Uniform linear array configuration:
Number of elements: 4
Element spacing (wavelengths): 0.75
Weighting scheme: exponential
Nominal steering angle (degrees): -30
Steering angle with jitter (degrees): -30.429
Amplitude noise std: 0.05
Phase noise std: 0.05

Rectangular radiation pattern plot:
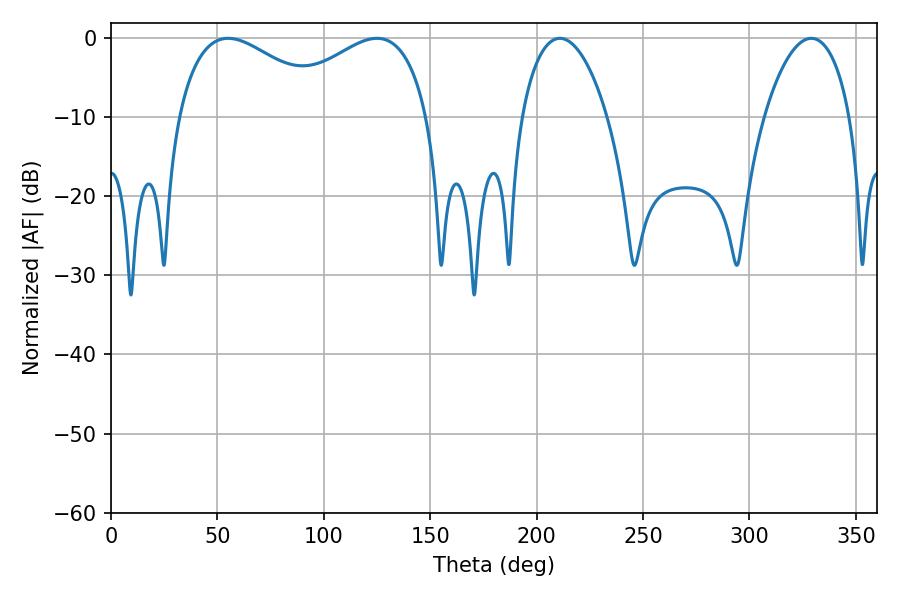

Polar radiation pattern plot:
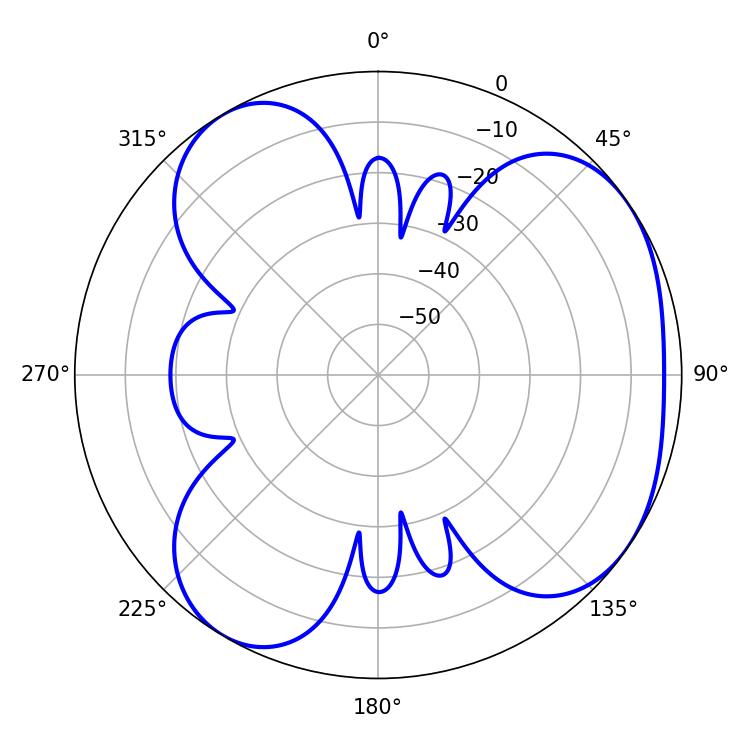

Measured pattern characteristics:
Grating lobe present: TRUE
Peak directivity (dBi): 4.585
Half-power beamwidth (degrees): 40.5
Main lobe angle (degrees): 55.08